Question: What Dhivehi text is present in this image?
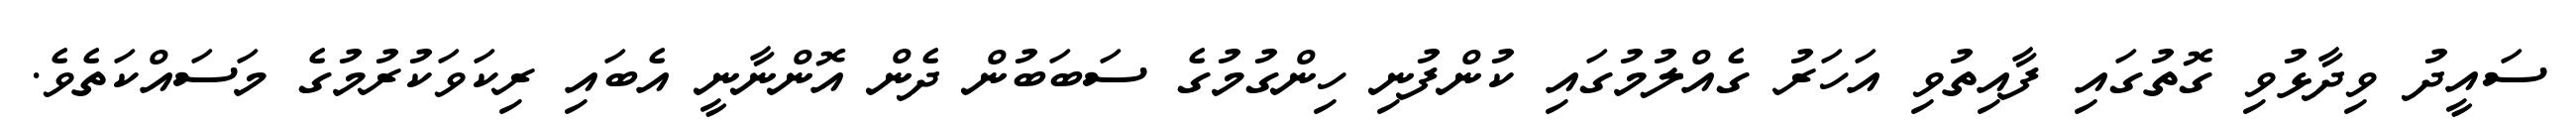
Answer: ސައީދު ވިދާޅުވި ގޮތުގައި ފާއިތުވި އަހަރު ގެއްލުމުގައި ކުންފުނި ހިންގުމުގެ ސަބަބުން ދެން އޮންނާނީ އެބައި ރިކަވަކުރުމުގެ މަސައްކަތެވެ.